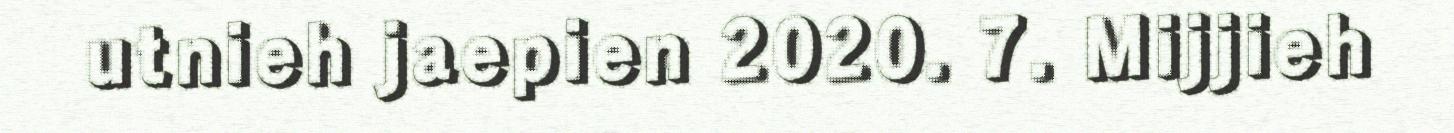
utnieh jaepien 2020. 7. Mijjieh